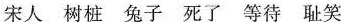
宋人 树桩 兔子 死了 等待 耻笑